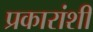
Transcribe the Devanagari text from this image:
प्रकारांशी